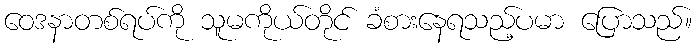
ဝေဒနာတစ်ရပ်ကို သူမကိုယ်တိုင် ခံစားနေရသည့်ပမာ ပြောသည်။